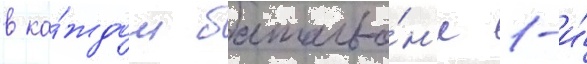
в ка́ждом батальо́н'е 1-и́